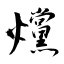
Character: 爣